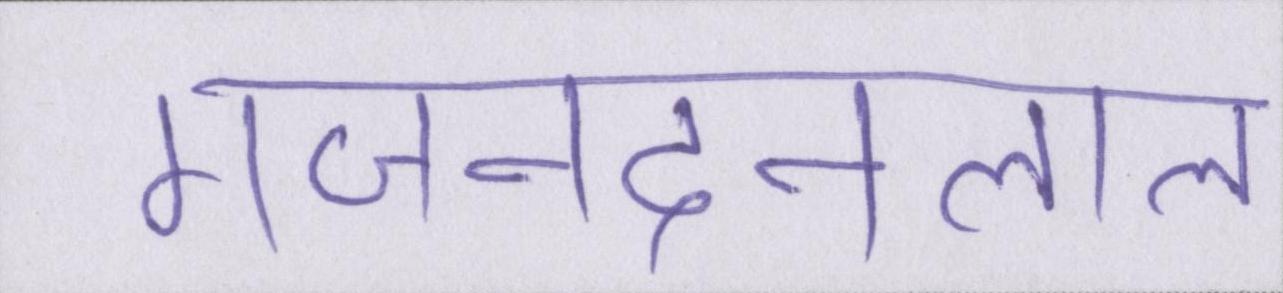
गजनंदनलाल